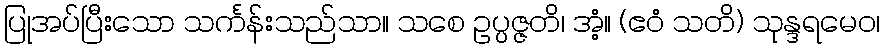
ပြုအပ်ပြီးသော သင်္ကန်းသည်သာ။ သစေ ဥပ္ပဇ္ဇတိ၊ အံ့။ (ဧဝံ သတိ) သုန္ဒရမေဝ၊